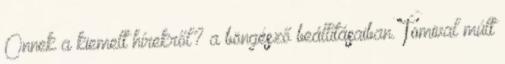
Önnek a kiemelt hírekről? a böngésző beállításaiban. Tomival múlt